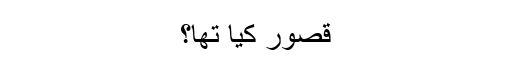
قصور کیا تھا؟